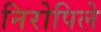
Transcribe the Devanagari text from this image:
निरोपिले